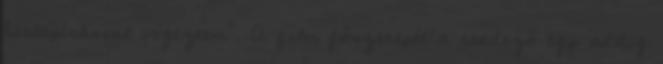
hírlapírással végeztem”. A film főszerepét a rendező egy addig